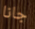
جانا